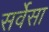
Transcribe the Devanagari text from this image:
सर्वेसा